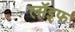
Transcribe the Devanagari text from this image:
लॉइफ